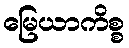
မြေယာကိစ္စ